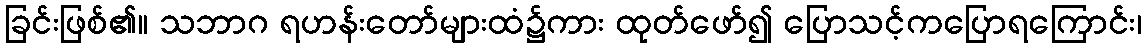
ခြင်းဖြစ်၏။ သဘာဂ ရဟန်းတော်များထံ၌ကား ထုတ်ဖော်၍ ပြောသင့်ကပြောရကြောင်း၊